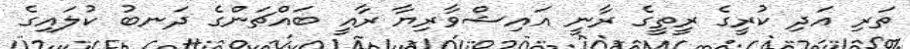
ތަރި އަދި ކުރީގެ ރީތީގެ ރާނީ އައިޝްވާރިޔާ ރާއީ ބައްޗަންގެ ދަނބު ކުލައިގެ